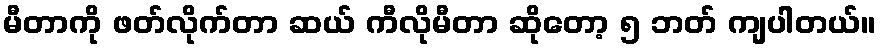
မီတာကို ဖတ်လိုက်တာ ဆယ် ကီလိုမီတာ ဆိုတော့ ၅ ဘတ် ကျပါတယ်။